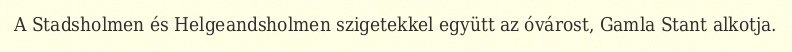
A Stadsholmen és Helgeandsholmen szigetekkel együtt az óvárost, Gamla Stant alkotja.